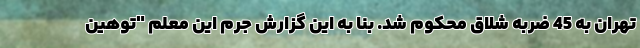
تهران به 45 ضربه شلاق محکوم شد. بنا به این گزارش جرم این معلم "توهین